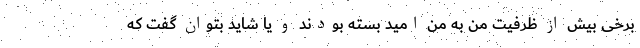
برخی بیش از ظرفیت من به من امید بسته بودند و یا شاید بتوان گفت که